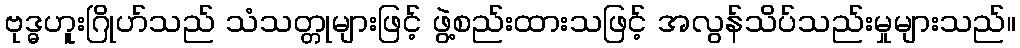
ဗုဒ္ဓဟူးဂြိုဟ်သည် သံသတ္တုများဖြင့် ဖွဲ့စည်းထားသဖြင့် အလွန်သိပ်သည်းမှုများသည်။